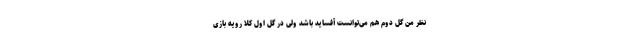
نظر من گل دوم هم می‌توانست آفساید باشد ولی در گل اول کلا رویه بازی